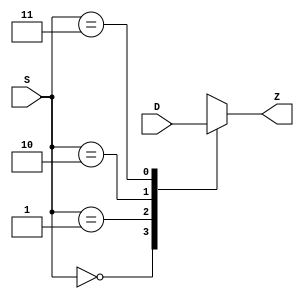
module MUX41_b(
	input wire [0:3] D,
	input wire [1:0] S,
	output reg Z);

always @(D, S)
begin

case(S)
	2'b00: Z <= D[0];
	2'b01: Z <= D[1];
	2'b10: Z <= D[2];
	2'b11: Z <= D[3];
endcase

end

endmodule